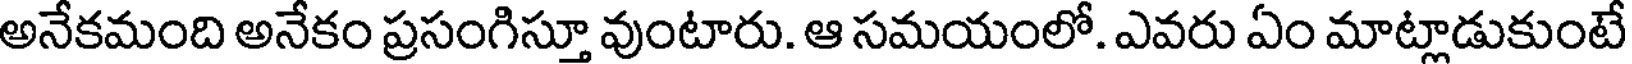
అనేకమంది అనేకం ప్రసంగిస్తూ వుంటారు. ఆ సమయంలో. ఎవరు ఏం మాట్లాడుకుంటే